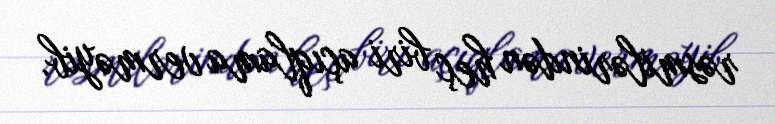
rəsmilərindən heç biri açıqlama verməyib.